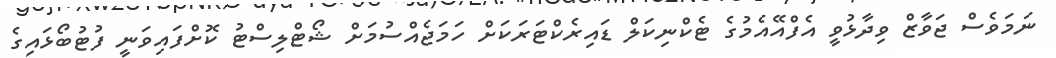
ނަމަވެސް ޖަވާޒް ވިދާޅުވީ އެފްއޭއެމުގެ ޓެކްނިކަލް ޑައިރެކްޓަރަކަށް ހަމަޖެއްސުމަށް ޝޯޓްލިސްޓު ކޮށްފައިވަނީ ފުޓުބޯޅައިގެ